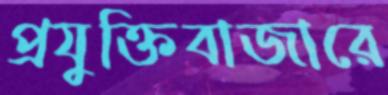
প্রযুক্তিবাজারে